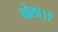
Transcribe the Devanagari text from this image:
चोला।।